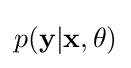
p({\bf {y}}|{\bf {x}},\theta )